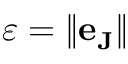
\varepsilon = \| \mathbf { e } _ { \mathbf { J } } \|